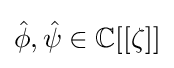
{\hat {\phi }},{\hat {\psi }}\in \mathbb {C} [[\zeta ]]